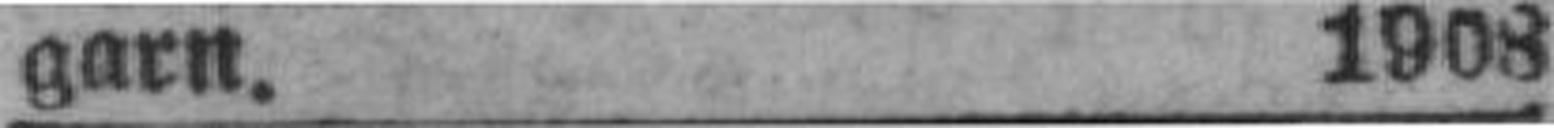
garn. 1908